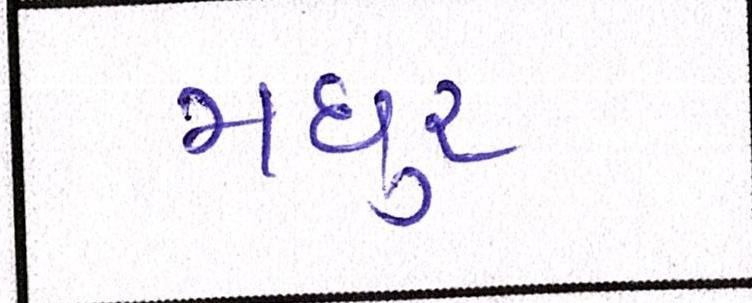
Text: મધુર